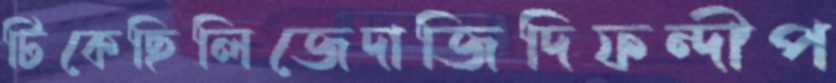
টিকেছিলিজেদাজিদিফন্দীপ